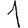
Digit: 1